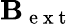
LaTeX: \mathbf B_{\mathrm{~e~x~t~}}